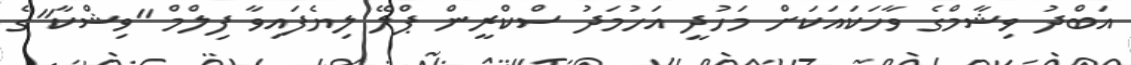
އަބްދު ވިޝާމްގެ ވާހަކައަކަށް މަހުދީ އަހުމަދު ސްކްރީން ޕްލޭ ލިޔެފައިވާ ފިލްމް "ވިޝްކާ"ގެ